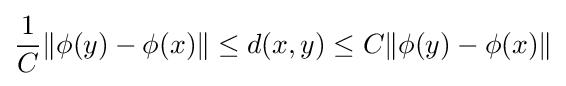
{\frac {1}{C}}\|\phi (y)-\phi (x)\|\leq d(x,y)\leq C\|\phi (y)-\phi (x)\|